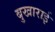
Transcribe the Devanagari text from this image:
बुखाराई